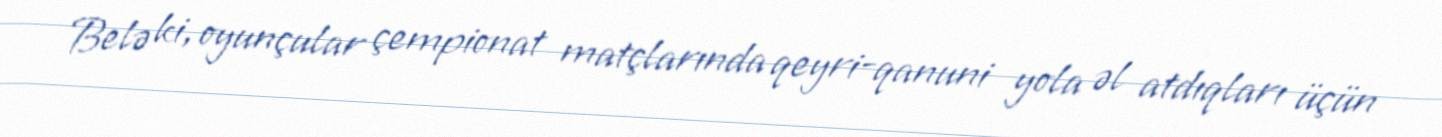
Belə ki, oyunçular çempionat matçlarında qeyri-qanuni yola əl atdıqları üçün